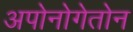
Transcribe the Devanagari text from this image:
अपोनोगेतोन